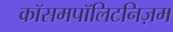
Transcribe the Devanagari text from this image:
कॉसमपॉलिटनिज़म